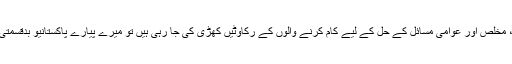
کیا آج بھی محب وطن، بے لوث، مخلص اور عوامی مسائل کے حل کے لیے کام کرنے والوں کے رکاوٹیں کھڑی کی جا رہی ہیں تو میرے پیارے پاکستانیو بدقسمتی سے آج بھی یہ عمل جاری ہے۔